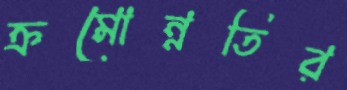
ক্রমোন্নতির